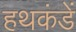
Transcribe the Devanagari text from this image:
हथकंडें